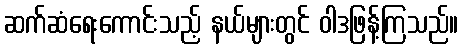
ဆက်ဆံရေးကောင်းသည့် နယ်များတွင် ဝါဒဖြန့်ကြသည်။